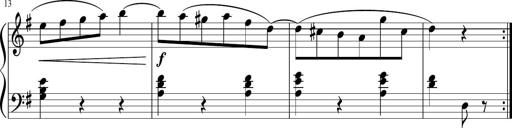
Title: 3 Sonatinen
Composer: Heinrich Lichner